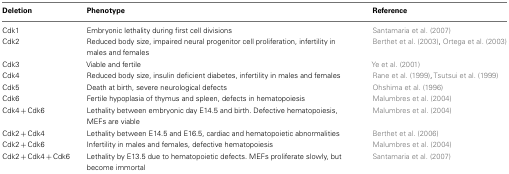
<table><thead><tr><td><b>Deletion</b></td><td><b>Phenotype</b></td><td><b>Reference</b></td></tr></thead><tbody><tr><td>Cdk1</td><td>Embryonic lethality during first cell divisions</td><td>Santamaria et al. (2007)</td></tr><tr><td>Cdk2</td><td>Reduced body size, impaired neural progenitor cell proliferation, infertility in males and females</td><td>Berthet et al. (2003), Ortega et al. (2003)</td></tr><tr><td>Cdk3</td><td>Viable and fertile</td><td>Ye et al. (2001)</td></tr><tr><td>Cdk4</td><td>Reduced body size, insulin deficient diabetes, infertility in males and females</td><td>Rane et al. (1999), Tsutsui et al. (1999)</td></tr><tr><td>Cdk5</td><td>Death at birth, severe neurological defects</td><td>Ohshima et al. (1996)</td></tr><tr><td>Cdk6</td><td>Fertile hypoplasia of thymus and spleen, defects in hematopoiesis</td><td>Malumbres et al. (2004)</td></tr><tr><td>Cdk4 + Cdk6</td><td>Lethality between embryonic day E14.5 and birth. Defective hematopoiesis, MEFs are viable</td><td>Malumbres et al. (2004)</td></tr><tr><td>Cdk2 + Cdk4</td><td>Lethality between E14.5 and E16.5, cardiac and hematopoietic abnormalities</td><td>Berthet et al. (2006)</td></tr><tr><td>Cdk2 + Cdk6</td><td>Infertility in males and females, defective hematopoiesis</td><td>Malumbres et al. (2004)</td></tr><tr><td>Cdk2 + Cdk4 + Cdk6</td><td>Lethality by E13.5 due to hematopoietic defects. MEFs proliferate slowly, but become immortal</td><td>Santamaria et al. (2007)</td></tr></tbody></table>